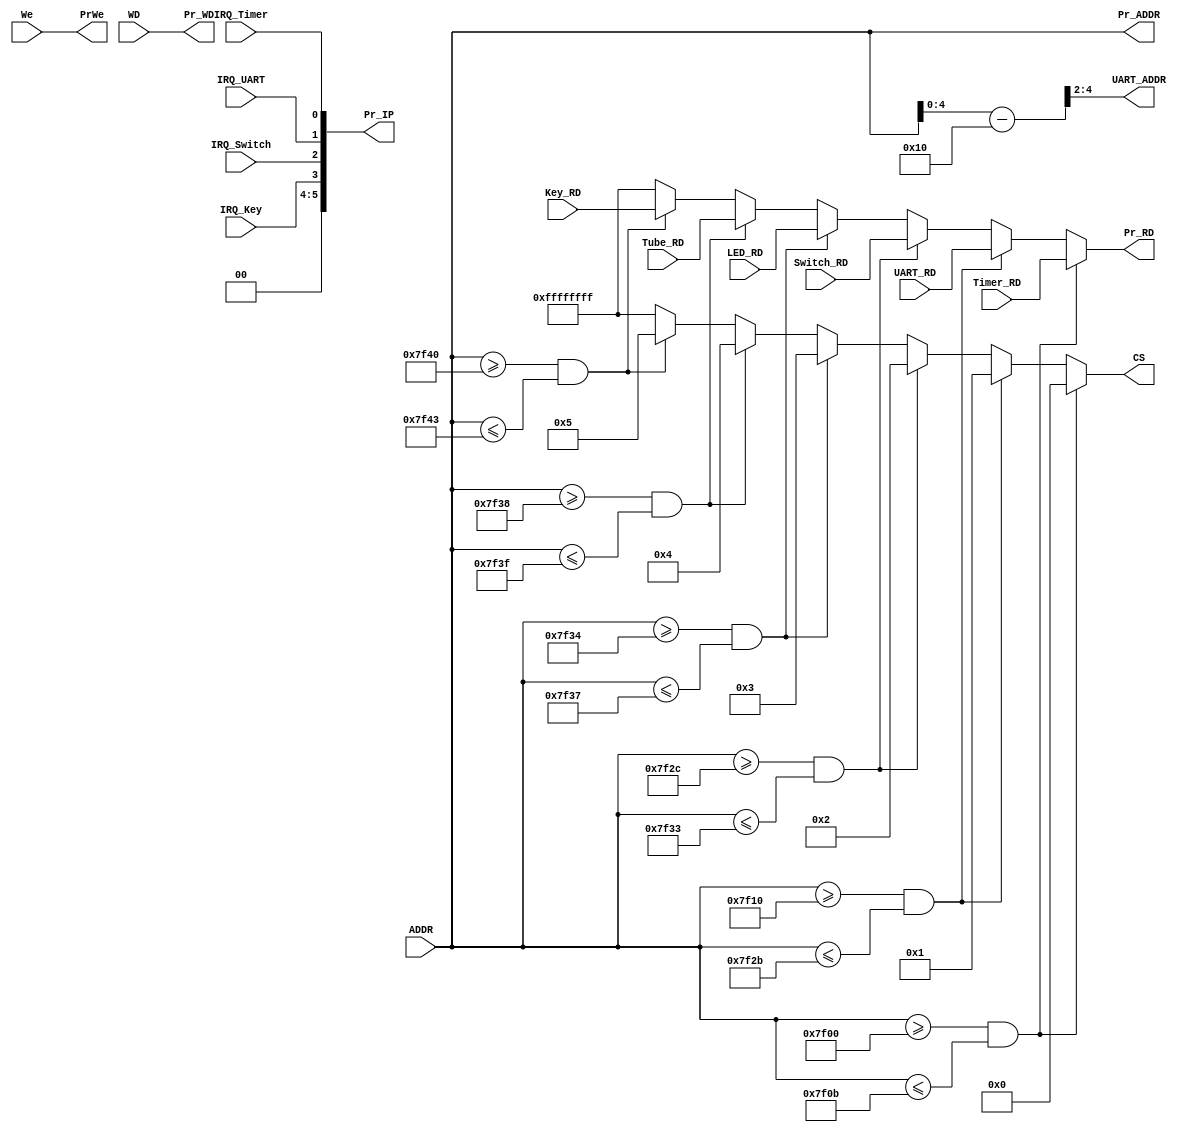
module Bridge(We,IRQ_Timer,IRQ_UART,IRQ_Switch,IRQ_Key,ADDR,WD,Timer_RD,UART_RD,Switch_RD,LED_RD,Tube_RD,Key_RD,Pr_IP,Pr_RD,PrWe,CS,Pr_ADDR,Pr_WD,UART_ADDR);
//input
    input We;                //whether to write peripheral devices
    input IRQ_Timer;         //peripheral devices' interrupt signal
    input IRQ_UART;
    input IRQ_Switch;
    input IRQ_Key;
    
    input [31:0] ADDR;
    input [31:0] WD;

    input [31:0] Timer_RD;
    input [31:0] UART_RD;
    input [31:0] Switch_RD;
    input [31:0] LED_RD;
    input [31:0] Tube_RD;
    input [31:0] Key_RD;

//output
//intern
    output [15:10] Pr_IP;
    output reg [31:0] Pr_RD;
//extern
    output PrWe; 
    output reg [31:0] CS;

    output [31:0] Pr_ADDR;
    output [31:0] Pr_WD;

    output [4:2] UART_ADDR;

//combinational logic
    parameter Timer=0,
              UART=1,
              Switch=2,
              LED=3,
              Tube=4,
              Key=5;

    assign Pr_IP={2'b0,IRQ_Key,IRQ_Switch,IRQ_UART,IRQ_Timer};

    assign PrWe=We;
    assign Pr_ADDR=ADDR;
    assign Pr_WD=WD;

    assign UART_ADDR=(ADDR-32'h0000_7f10)>>2;

    always @(*)
        begin
            if(ADDR>=32'h0000_7F00&&ADDR<=32'h0000_7F0B)
                begin
                    CS=Timer;
                    Pr_RD=Timer_RD;
                end
            else if(ADDR>=32'h0000_7F10&&ADDR<=32'h0000_7F2B)
                begin
                    CS=UART;
                    Pr_RD=UART_RD;
                end
            else if(ADDR>=32'h0000_7F2C&&ADDR<=32'h0000_7F33)
                begin
                    CS=Switch;
                    Pr_RD=Switch_RD;
                end
            else if(ADDR>=32'h0000_7F34&&ADDR<=32'h0000_7F37)
                begin
                    CS=LED;
                    Pr_RD=LED_RD;
                end
            else if(ADDR>=32'h0000_7F38&&ADDR<=32'h0000_7F3F)
                begin
                    CS=Tube;
                    Pr_RD=Tube_RD;
                end
            else if(ADDR>=32'h0000_7F40&&ADDR<=32'h0000_7F43)
                begin
                    CS=Key;
                    Pr_RD=Key_RD;
                end
            else
                begin
                    CS=-1;
                    Pr_RD=-1;
                end
        end

endmodule